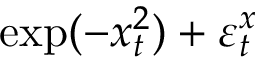
\exp ( - x _ { t } ^ { 2 } ) + \varepsilon _ { t } ^ { x }